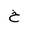
Letter: _kha